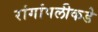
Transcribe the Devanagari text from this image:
रांगांपलीकडे